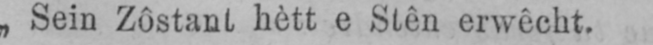
„Sein Zôstant hètt e Stên erwêcht.